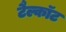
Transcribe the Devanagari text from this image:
टैल्कॉट